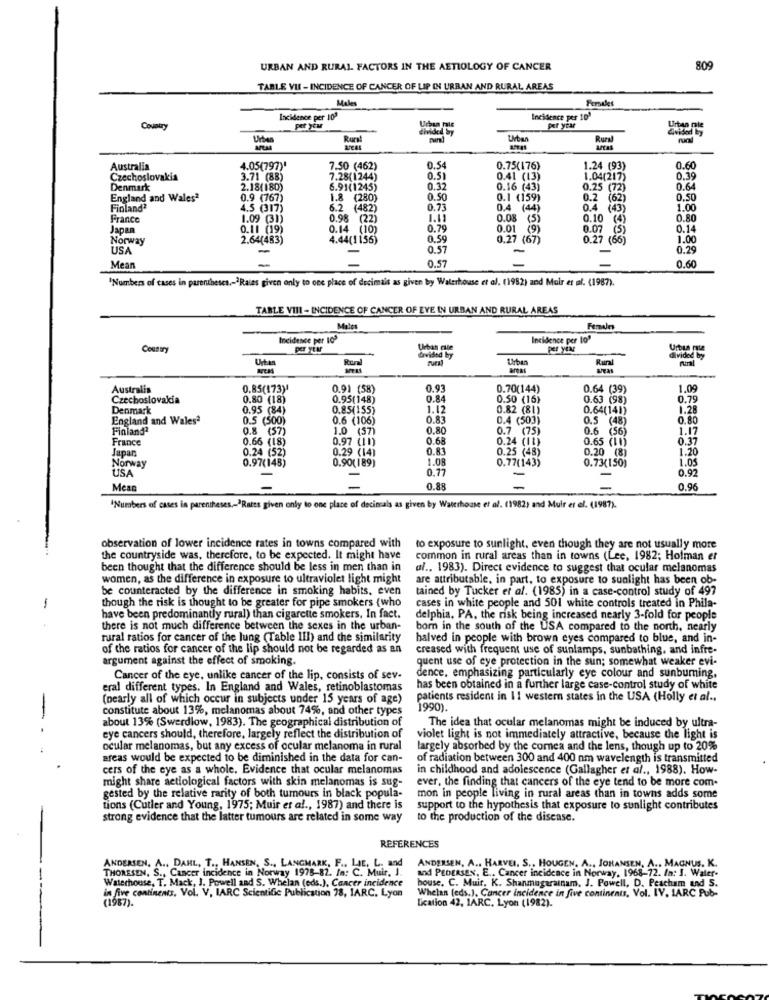
URBAN AND RURAL FACTORS IN THE AETIOLOGY OF CANCER
809
TABLE VII - INCIDENCE OF CANCER OF LIP IN URBAN AND RURAL AREAS
Miles
Fersales
Incidence per 100
Incidence per 10'
Covairy
per your
per year
divided by
Urtan male
Urban
Rural
Urban
Australia
4.05(797)'
7.50 (462)
0.54
0.75(176)
1.24 (93)
0.60
Czechoslovakia
3.71 (88)
7.28(1244)
0.51
0.41 (13)
1.04(217)
0.39
Denmark
2.18(180)
6.91(1245)
0.32
0.16 (43)
0.25 (72)
0.64
England and Wales2
0.9 (767)
1.8 (280)
0.50
0.1 (159)
0.2 (62)
0.50
Finland2
4.5 (317)
6.2
6.2 (482)
0.73
4 (44)
0.4
(43)
1.00
France
1.09 (31)
0.98 (22)
0.08 (5)
0.10 (4)
0.80
Japan
0.11 (19)
0.14 (10)
0.79
0.01 (9)
0.07
(5)
0.14
Norway
2.64(483)
4.44(1156)
0.59
0.27 (67)
0.27 (66)
1.00
USA
-
0.57
-
0.29
-
0.57
Mear
0.60
"Numbers of cases in parentheses ,-? Raies given only to one place of decimals as given by Waterhouse et al. (1982) and Muir et al. (1987).
TABLE VIII - INCIDENCE OF CANCER OF EYE IN URBAN AND RURAL AREAS
Miles
Incidence per 102
Incidence per lo"
Country
per year
Urban cite
Rural
davided by
Rural
divided by
areas
Australis
0.85(173)
0.91 (58)
0.93
0.70(144)
0.64 (39)
1.09
Czechoslovakia
0.80 (18)
0.95(148)
0.84
0.50 (16)
0.63 (98)
0.79
Denmark
0.95 (84)
0.85(155)
1.12
0.82 (81)
0.64(141)
1.28
England and Walesª
0.5 (500)
0.6 (106)
0.83
0.4 (503)
0.5 (48)
0.80
Finlandª
0.8 (57)
1.0 (57)
0.80
0.7 (75)
0.6 (56)
1.17
France
0.66 (18)
0.97 (11)
0.68
0.24 (11)
0.65 (11)
0.37
Japan
0.24 (52)
0.29 (14)
0.8
0.25 (48)
0.20 (8)
1.20
0.97(148)
0.90( 189)
1.08
0.77(143)
0.73(150)
1.05
USA
Norway
0.77
0.92
-
-
Mean
0.88
0.96
"Numbers of cases in parentheses ,- "Rates given only to one place of decimals as given by Waterhouse et al. (1982) and Muir er el. (1987).
observation of lower incidence rates in towns compared with
to exposure to sunlight, even though they are not usually more
the countryside was, therefore, to be expected. It might have
common in rural areas than in towns (Lee, 1982; Holman er
been thought that the difference should be less in men than in
al ., 1983). Direct evidence to suggest that ocular melanomas
women, as the difference in exposure to ultraviolet light might
are attributable, in part, to exposure to sunlight has been ob-
be counteracted by the difference in smoking habits, even
tained by Tucker et al. (1985) in a case-control study of 497
-
though the risk is thought to be greater for pipe smokers (who
cases in white people and 501 white controls treated in Phila-
have been predominantly rural) than cigarette smokers, In fact.
delphia, PA, the risk being increased nearly 3-fold for people
there is not much difference between the sexes in the urban-
bom in the south of the USA compared to the north, nearly
rural ratios for cancer of the lung (Table III) and the similarity
halved in people with brown eyes compared to blue, and in-
of the ratios for cancer of the lip should not be regarded as an
creased with frequent use of sunlamps, sunbathing, and infre-
argument against the effect of smoking.
quent use of eye protection in the sun; somewhat weaker evi-
Cancer of the eye, unlike cancer of the lip, consists of sev-
dence, emphasizing particularly eye colour and sunbumming,
eral different types. In England and Wales, retinoblastomas
has been obtained in a further large case-control study of white
(nearly all of which occur in subjects under 15 years of age)
patients resident in 11 western states in the USA (Holly et al ..
constitute about 13%, melanomas about 74%, and other types
1990).
about 13% (Swerdlow, 1983). The geographical distribution of
The idea that ocular melanomas might be induced by ultra-
eye cancers should, therefore, largely reflect the distribution of
violet light is not immediately attractive, because the light is
ocular melanomas, but any excess of ocular melanoma in rural
largely absorbed by the comea and the lens, though up to 20%
areas would be expected to be diminished in the data for can-
of radiation between 300 and 400 nm wavelength is transmitted
cers of the eye as a whole. Evidence that ocular melanomas
in childhood and adolescence (Gallagher et al ., 1988). How-
might share actiological factors with skin melanomas is sug-
ever, the finding that cancers of the eye tend to be more com.
gested by the relative rarity of both tumours in black popula-
mon in people living in rural areas than in towns adds some
tions (Cutler and Young, 1975; Muir et al ., 1987) and there is
support to the hypothesis that exposure to sunlight contributes
strong evidence that the latter tumours are related in some way
to the production of the disease.
REFERENCES
ANDERSEN, A ., DAHL, T ., HANSEN, S ., LANGMARK, F ., LIE. L. and
THORESEN, S ., Cancer incidence in Norway 1978-82. In: C. Muir. I.
ANDERSEN, A .. HARVEI. S ., HOUGEN. A ., JOHANSEN, A ., MAGNUS. K.
and PEDERSEN, E .. Cancer incidence in Norway, 1968-72. In: J. Waler-
Waterhouse, T. Mack, J. Powell and S. Whelan (eds.), Cancer incidence
house. C. Muir. K. Shanmugarainam. J. Powell, D. Peacham and S.
Whelan (eds.), Cancer incidence in five continents, Vol. IV. IARC Pub-
(1987).
in five continents, Vol. V. IARC Scientific Publication 78, IARC, Lyon
Lication 42, 1ARC, Lyon (1982).